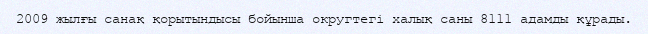
2009 жылғы санақ қорытындысы бойынша округтегі халық саны 8111 адамды құрады.